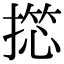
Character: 𢱶